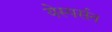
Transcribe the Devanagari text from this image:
येस्पर्सन